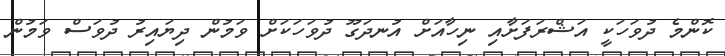
ކޮންމެ ދުވަހަކީ އަޝްރަފަށާއި ނިހާއަށް އުނދަގޫ ދުވަހަކަށް ވަމުން ދިޔައިރު ދުވަސް ވަމުން